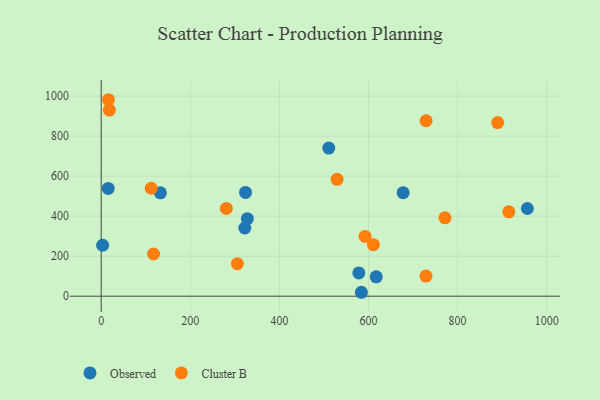
{"axis": {"x": "Ad Spend", "y": "Fuel Efficiency"}, "legend": ["Cluster B", "Observed"], "data": [{"x": "324.0", "y": 518.9, "type": "Observed"}, {"x": "584.0", "y": 19.6, "type": "Observed"}, {"x": "15.7", "y": 538.9, "type": "Observed"}, {"x": "132.9", "y": 516.8, "type": "Observed"}, {"x": "510.8", "y": 740.6, "type": "Observed"}, {"x": "578.3", "y": 116.5, "type": "Observed"}, {"x": "956.6", "y": 438.4, "type": "Observed"}, {"x": "3.2", "y": 254.7, "type": "Observed"}, {"x": "677.8", "y": 517.6, "type": "Observed"}, {"x": "322.4", "y": 341.0, "type": "Observed"}, {"x": "617.3", "y": 96.7, "type": "Observed"}, {"x": "328.0", "y": 387.6, "type": "Observed"}, {"x": "729.1", "y": 100.7, "type": "Cluster B"}, {"x": "18.3", "y": 930.4, "type": "Cluster B"}, {"x": "611.0", "y": 257.5, "type": "Cluster B"}, {"x": "915.0", "y": 421.9, "type": "Cluster B"}, {"x": "729.2", "y": 877.1, "type": "Cluster B"}, {"x": "16.3", "y": 982.1, "type": "Cluster B"}, {"x": "592.3", "y": 299.0, "type": "Cluster B"}, {"x": "117.6", "y": 211.0, "type": "Cluster B"}, {"x": "890.0", "y": 867.8, "type": "Cluster B"}, {"x": "529.5", "y": 584.2, "type": "Cluster B"}, {"x": "771.7", "y": 392.0, "type": "Cluster B"}, {"x": "112.2", "y": 539.6, "type": "Cluster B"}, {"x": "305.7", "y": 162.7, "type": "Cluster B"}, {"x": "280.8", "y": 438.6, "type": "Cluster B"}]}